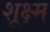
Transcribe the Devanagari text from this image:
शूक्ष्म